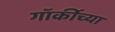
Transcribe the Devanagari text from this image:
गॉर्कीच्या